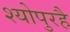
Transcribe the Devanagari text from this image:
श्योपुरहै